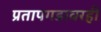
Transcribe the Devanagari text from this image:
प्रतापगडावरही